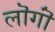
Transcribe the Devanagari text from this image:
लॊगॊं